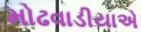
મોઢવાડીયાએ